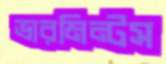
ভারমিন্টস